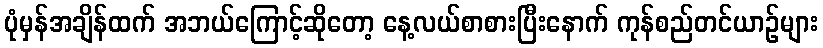
ပုံမှန်အချိန်ထက် အဘယ်ကြောင့်ဆိုတော့ နေ့လယ်စာစားပြီးနောက် ကုန်စည်တင်ယာဉ်များ